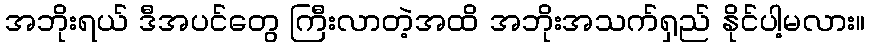
အဘိုးရယ် ဒီအပင်တွေ ကြီးလာတဲ့အထိ အဘိုးအသက်ရှည် နိုင်ပါ့မလား။